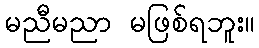
မညီမညာ မဖြစ်ရဘူး။